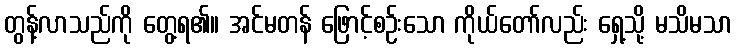
တွန့်လာသည်ကို တွေ့ရ၏။ အင်မတန် ဖြောင့်စဉ်းသော ကိုယ်တော်လည်း ရှေ့သို့ မသိမသာ